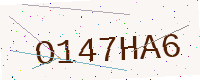
Text: O147HA6